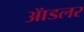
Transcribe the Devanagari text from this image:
ॲाडलर